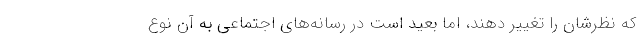
که نظرشان را تغییر دهند، اما بعید است در رسانه‌های اجتماعی به آن نوع